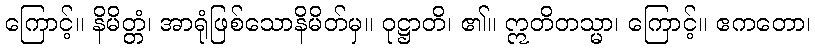
ကြောင့်။ နိမိတ္တံ၊ အာရုံဖြစ်သောနိမိတ်မှ။ ဝုဋ္ဌာတိ၊ ၏။ ဣတိတသ္မာ၊ ကြောင့်။ ဧကတော၊